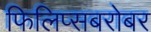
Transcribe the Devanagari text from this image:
फिलिप्सबरोबर